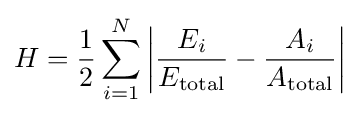
H={\frac {1}{2}}\sum _{i=1}^{N}\left|{\frac {{E}_{i}}{{E}_{\text{total}}}}-{\frac {{A}_{i}}{{A}_{\text{total}}}}\right|